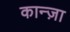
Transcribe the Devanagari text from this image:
कान्ज़ा